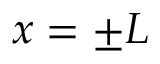
x = \pm L